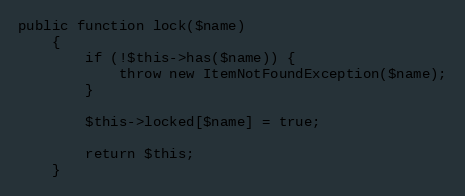
Language: PHP
public function lock($name)
    {
        if (!$this->has($name)) {
            throw new ItemNotFoundException($name);
        }

        $this->locked[$name] = true;

        return $this;
    }